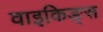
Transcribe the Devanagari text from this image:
वाइकिङ्स